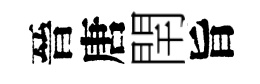
晉唐閈旨